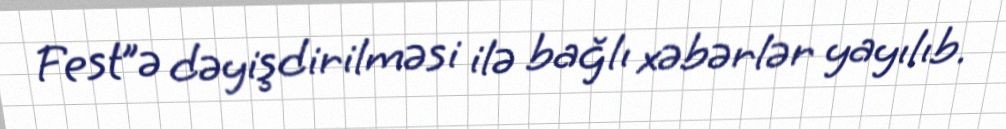
Fest”ə dəyişdirilməsi ilə bağlı xəbərlər yayılıb.